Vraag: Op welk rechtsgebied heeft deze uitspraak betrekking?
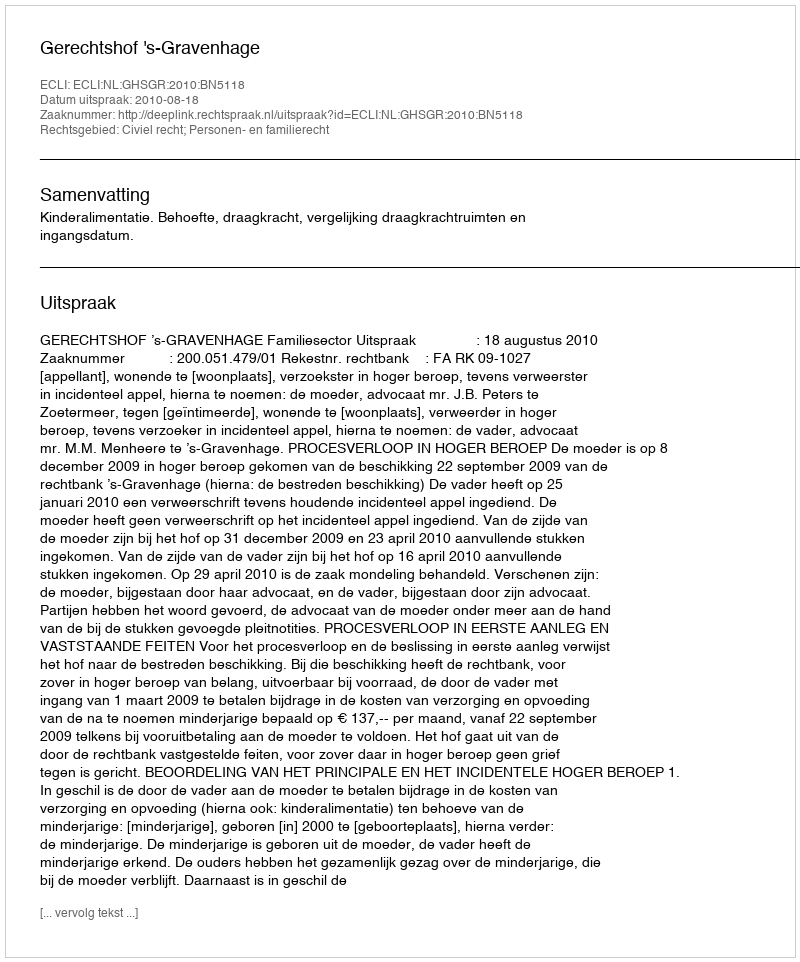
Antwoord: Civiel recht; Personen- en familierecht